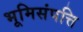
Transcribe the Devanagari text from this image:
भूमिसंपत्ति